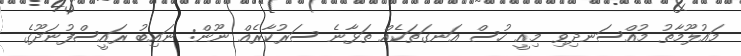
މައުލޫމާތު މުއްސަނދިވި މިއީ ހުސް އަނގަތަކެއް ތަޅާނެ ސަރުކާރެއް ނޫން: ނައިބު ރައީސްފުނަދޫގެ